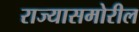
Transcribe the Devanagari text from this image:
राज्यासमोरील